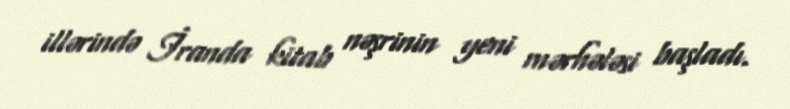
illərində İranda kitab nəşrinin yeni mərhələsi başladı.